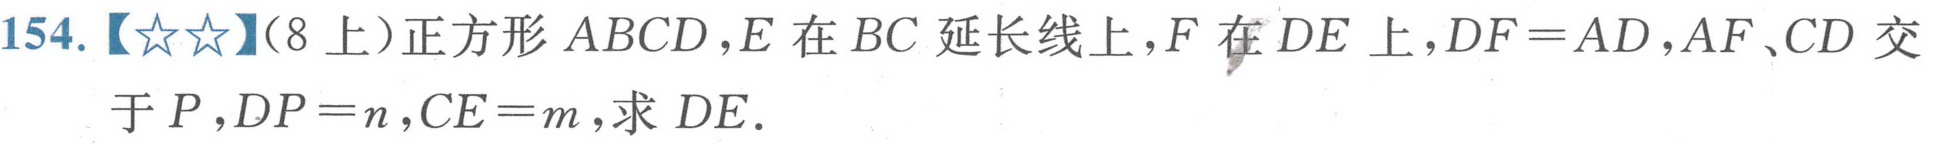
154.【★★】(8上）正方形\(ABCD\)，\(E\)在\(BC\)延长线上，\(F\)在\(DE\)上，\(DF = AD\)，\(AF、CD\)交于\(P\)，\(DP = n\)，\(CE = m\)，求\(DE\).